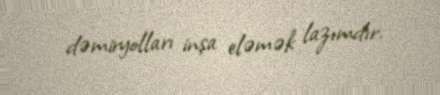
dəmiryolları inşa eləmək lazımdır.